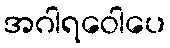
အဂါရဝေါပေ